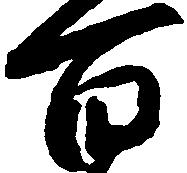
百